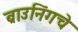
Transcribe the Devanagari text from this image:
ब्राउनिंगचे